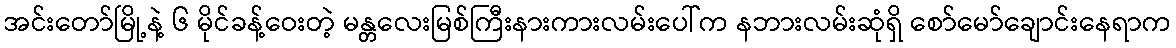
အင်းတော်မြို့နဲ့ ၆ မိုင်ခန့်ဝေးတဲ့ မန္တလေးမြစ်ကြီးနားကားလမ်းပေါ်က နဘားလမ်းဆုံရှိ စော်မော်ချောင်းနေရာက